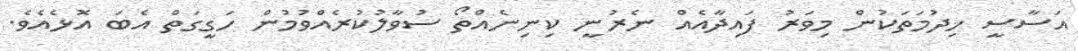
އަސާސީ ޚިދުމަތަކުން މިވަރު ފައިދާއެއް ނެރުނީ ކިނިނެއްތޯ ސުވާލުކުރެއްވުމުން ހަގީގަތް އެބަ އޮޅެއެވެ.